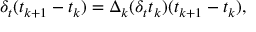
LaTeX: \delta _ { t } ( t _ { k + 1 } - t _ { k } ) = \Delta _ { k } ( \delta _ { t } t _ { k } ) ( t _ { k + 1 } - t _ { k } ) ,